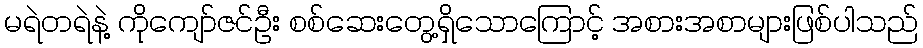
မရဲတရဲနဲ့ ကိုကျော်ဇင်ဦး စစ်ဆေးတွေ့ရှိသောကြောင့် အစားအစာများဖြစ်ပါသည်